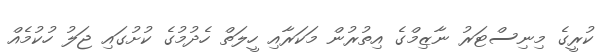
ކުރީގެ މިނިސްޓަރު ނާޒިމްގެ އިތުރުން މަކަރާއި ހީލަތް ހެދުމުގެ ކުށުގައި ޖަލު ހުކުމެއް